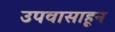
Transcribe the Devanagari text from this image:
उपवासाहून